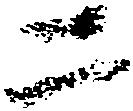
二